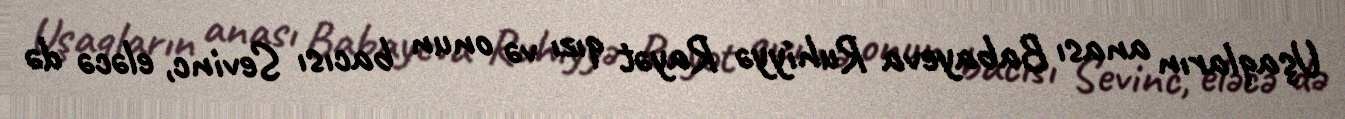
Uşaqların anası Babayeva Ruhiyyə Rayət qızı və onun bacısı Sevinc, eləcə də